Annual administration report of the Civil Veterinary Department, Ajmere-Merwara, British Rajputana - 1914-1940
Year: 1914
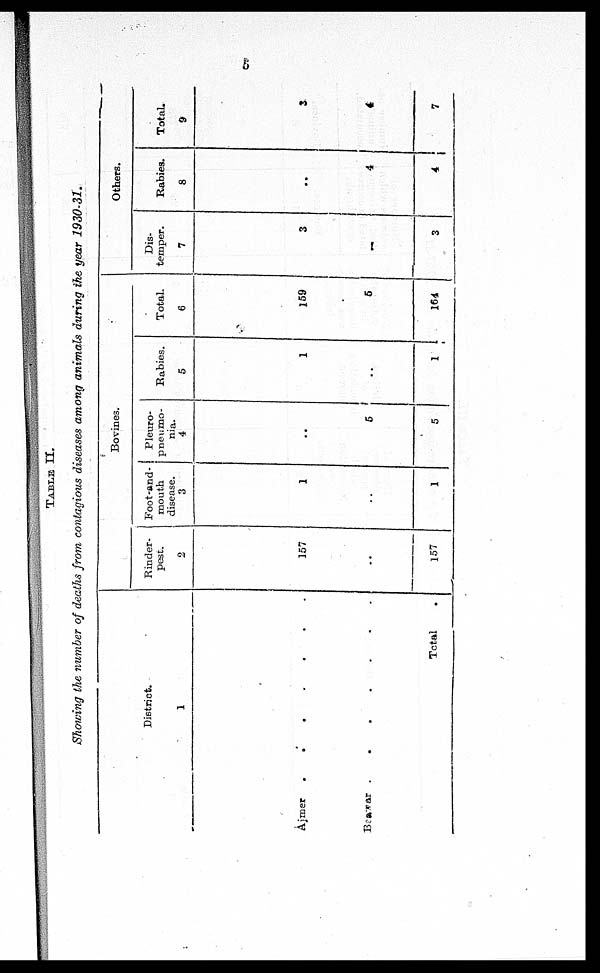
5
TABLE II.
Showing the number of deaths from contagious diseases among animals during the year 1930-31.
District.
1
Ajmer
.
.
.
. . . .
Beawar .
.
.
.
. . .
Total .
Bovines.
Rinder-
pest.
2
157
..
157
Foot-and-
mouth
disease.
3
1
..
1
Pleuro-
pneumo-
nia.
4
..
5
5
Rabies.
5
1
..
1
Total.
6
159
5
164
Others.
Dis-
temper.
7
3
..
3
Rabies.
8
..
4
4
Total.
9
3
4
7